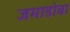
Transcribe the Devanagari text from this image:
जमाडोबा